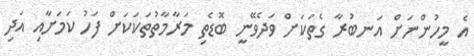
އެ މީހުންނަށް އަނބުރާ ގެތަކަށް ވަދެވޭނީ ބޮޑެތި މަރާމާތުތަކަކަށް ފަހު ކަމަށާއި އަދި